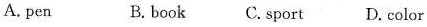
A. pen B. book C. sport D. Color